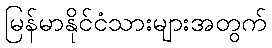
မြန်မာနိုင်ငံသားများအတွက်